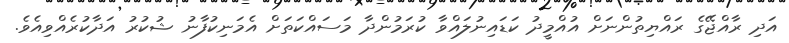
އަދި ރާއްޖޭގެ ރައްޔިތުންނަށް އުއްމީދު ކަޑައިނުލައްވާ ކުރަމުންދާ މަސައްކަތަށް އެމަނިކުފާނު ޝުކުރު އަދާކުރެއްވިއެވެ.